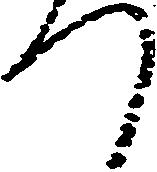
つ